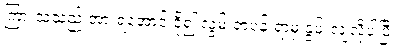
ကြားသူသည် အားရအောင် ငို၍ လွမ်းရာပန်းရာမှ နွမ်းလျလိုပါပြီ။